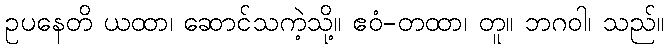
ဥပနေတိ ယထာ၊ ဆောင်သကဲ့သို့။ ဧဝံ-တထာ၊ တူ။ ဘဂဝါ၊ သည်။